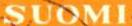
SUOMI